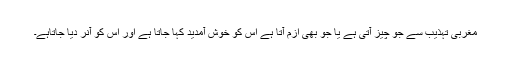
مغربی تہذیب سے جو چیز آتی ہے یا جو بھی ازم آتا ہے اس کو خوش آمدید کہا جاتا ہے اور اس کو آنر دیا جاتاہے۔